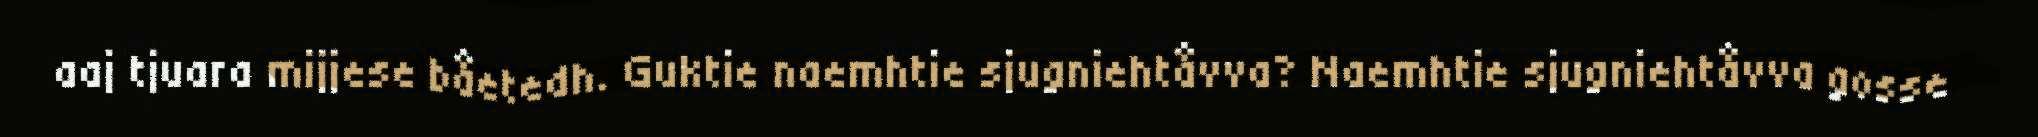
aaj tjuara mijjese båetedh. Guktie naemhtie sjugniehtåvva? Naemhtie sjugniehtåvva gosse